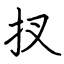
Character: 扠